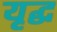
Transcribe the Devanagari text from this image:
यृद्ध